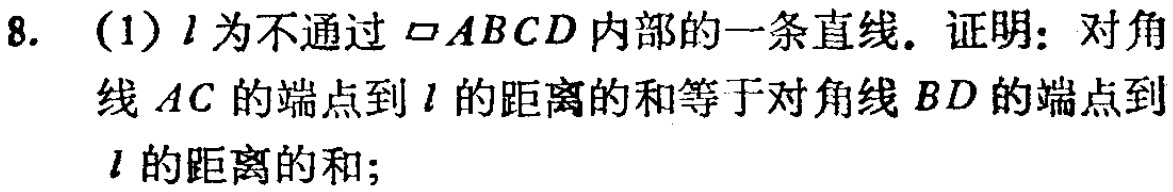
8. (1) \(l\)为不通过\(\square ABCD\)内部的一条直线。证明：对角线\(AC\)的端点到\(l\)的距离的和等于对角线\(BD\)的端点到\(l\)的距离的和；